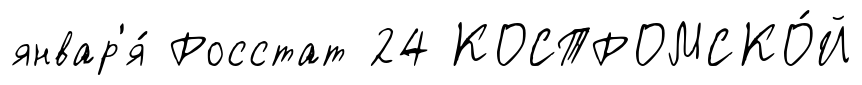
январ'я́ Росстат 24 КОСТРОМСКО́Й